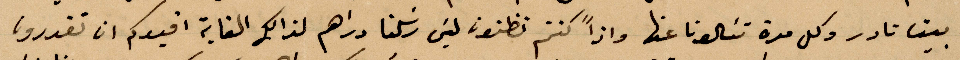
بين نادر وكل مرة تسالونا عنها واذًا كنتم تظنون ليس ركنا دراهم لذلك الغابة افيدكم ان تقدرون